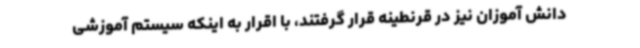
دانش آموزان نیز در قرنطینه قرار گرفتند، با اقرار به اینکه سیستم آموزشی